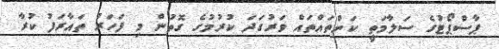
ޕާސްޕޯޓުގެ ސަލާމަތީ ކަންތައްތައް ވަރުގަދަ ކުރުމުގެ ގޮތުން މި ފަހަރު ތައާރަފު ކުރާ